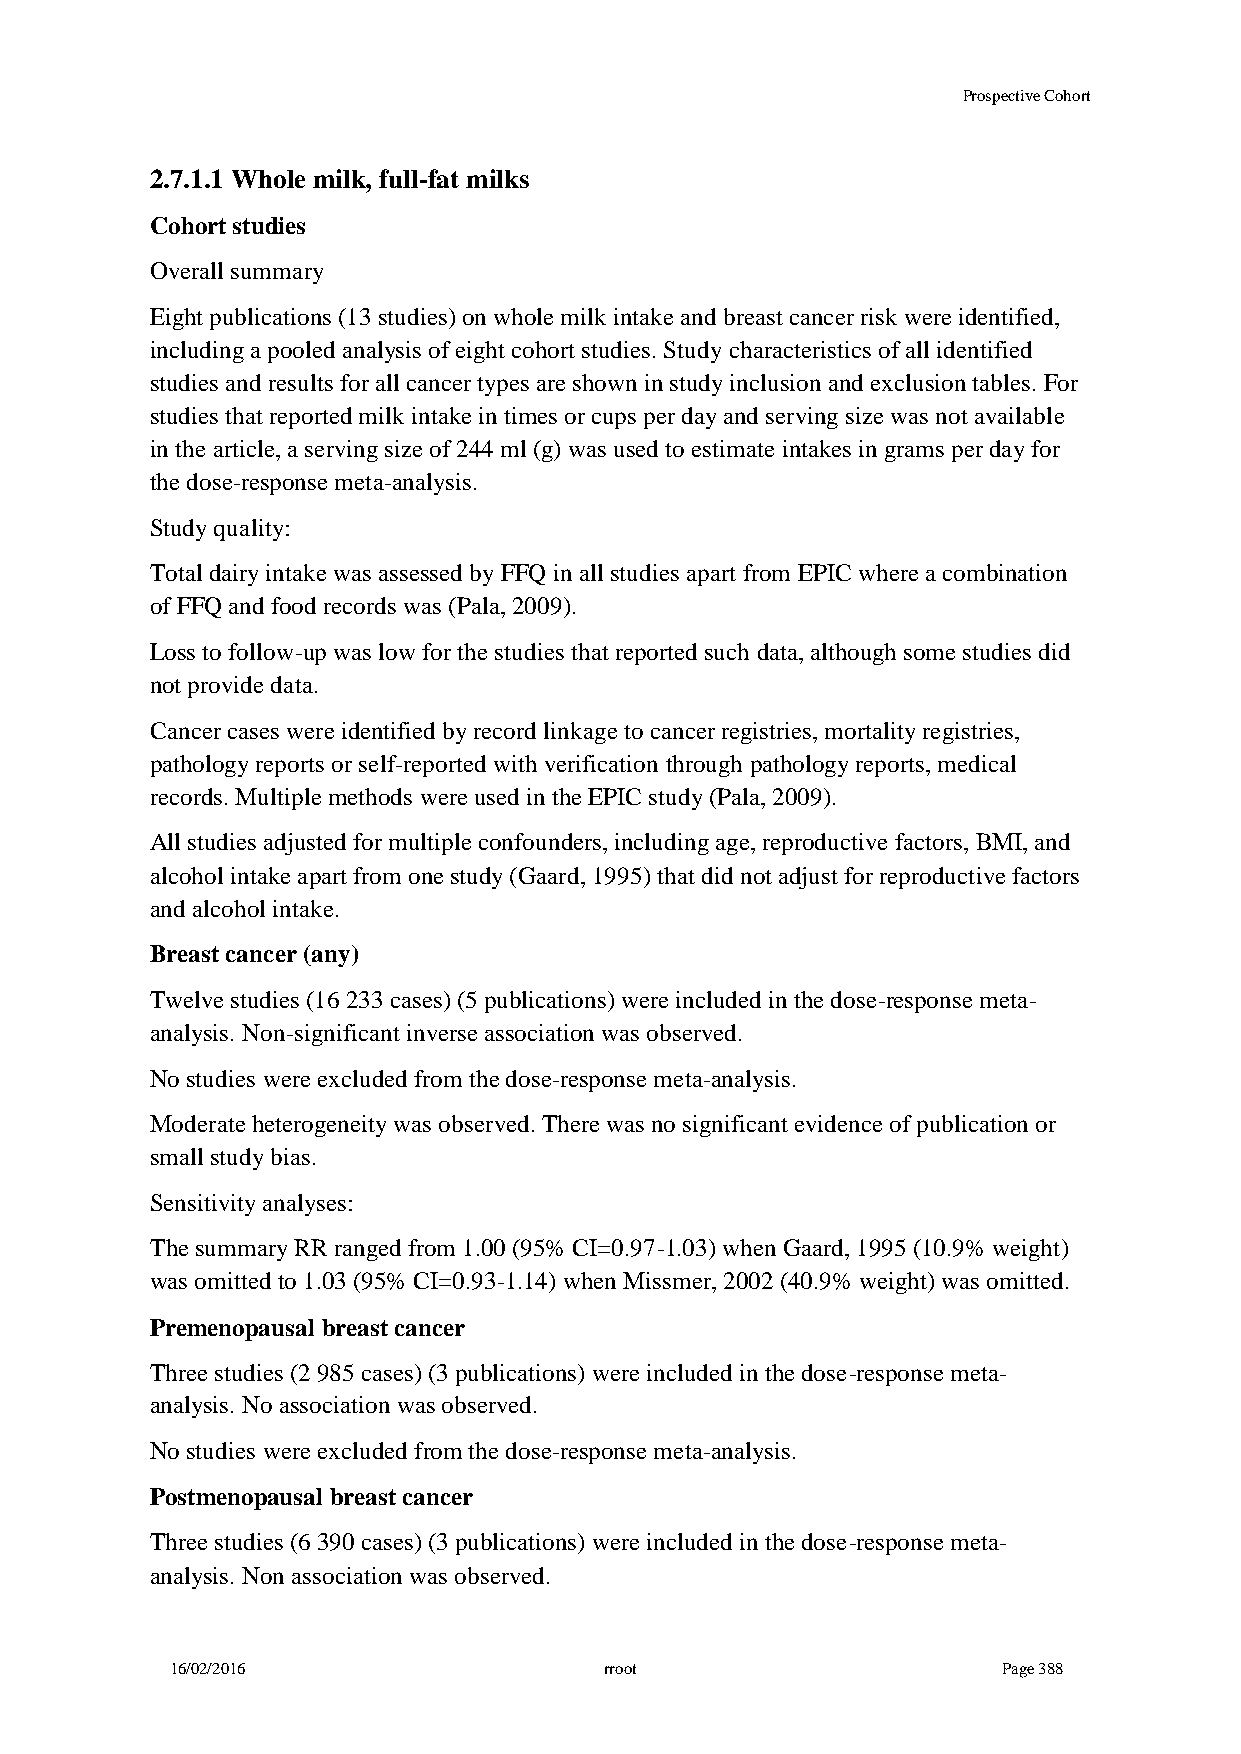
Prospective Cohort
 2.7.1.1 Whole milk, full-fat milks
 Cohort studies
 Overall summary
 Eight publications (13 studies) on whole milk intake and breast cancer risk were identified,
 including a pooled analysis of eight cohort studies. Study characteristics of all identified
 studies and results for all cancer types are shown in study inclusion and exclusion tables. For
 studies that reported milk intake in times or cups per day and serving size was not available
 in the article, a serving size of 244 ml (g) was used to estimate intakes in grams per day for
 the dose-response meta-analysis.
 Study quality:
 Total dairy intake was assessed by FFQ in all studies apart from EPIC where a combination
 of FFQ and food records was (Pala, 2009).
 Loss to follow-up was low for the studies that reported such data, although some studies did
 not provide data.
 Cancer cases were identified by record linkage to cancer registries, mortality registries,
 pathology reports or self-reported with verification through pathology reports, medical
 records. Multiple methods were used in the EPIC study (Pala, 2009).
 All studies adjusted for multiple confounders, including age, reproductive factors, BMI, and
 alcohol intake apart from one study (Gaard, 1995) that did not adjust for reproductive factors
 and alcohol intake.
 Breast cancer (any)
 Twelve studies (16 233 cases) (5 publications) were included in the dose-response meta-
 analysis. Non-significant inverse association was observed.
 No studies were excluded from the dose-response meta-analysis.
 Moderate heterogeneity was observed. There was no significant evidence of publication or
 small study bias.
 Sensitivity analyses:
 The summary RR ranged from 1.00 (95% CI=0.97-1.03) when Gaard, 1995 (10.9% weight)
 was omitted to 1.03 (95% CI=0.93-1.14) when Missmer, 2002 (40.9% weight) was omitted.
 Premenopausal breast cancer
 Three studies (2 985 cases) (3 publications) were included in the dose-response meta-
 analysis. No association was observed.
 No studies were excluded from the dose-response meta-analysis.
 Postmenopausal breast cancer
 Three studies (6 390 cases) (3 publications) were included in the dose-response meta-
 analysis. Non association was observed.
 16/02/2016                   rroot                     Page 388